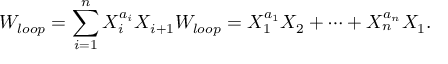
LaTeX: W _ { l o o p } = \sum _ { i = 1 } ^ { n } { X _ { i } ^ { a _ { i } } X _ { i + 1 } } W _ { l o o p } = X _ { 1 } ^ { a _ { 1 } } X _ { 2 } + \cdots + X _ { n } ^ { a _ { n } } X _ { 1 } .